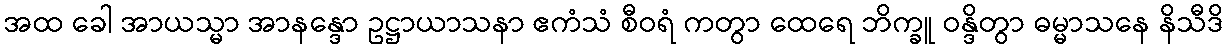
အထ ခေါ အာယသ္မာ အာနန္ဒော ဥဋ္ဌာယာသနာ ဧကံသံ စီဝရံ ကတွာ ထေရေ ဘိက္ခူ ဝန္ဒိတွာ ဓမ္မာသနေ နိသီဒိ